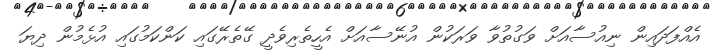
އެއްފަދައިން ނިއުސާއަށް ވަގުތުވާ ވަރަކުން އުނޭސާއަށް އެހީތެރިވެދީ ގޭތެރޭގައި ކަންކަމުގައި އުޅެމުން ދިޔަ